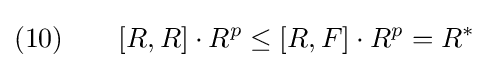
(10)\qquad \lbrack R,R\rbrack \cdot R^{p}\leq \lbrack R,F\rbrack \cdot R^{p}=R^{\ast }